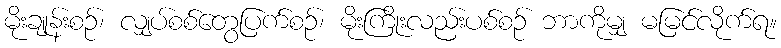
မိုးချုန်းစဉ်၊ လျှပ်စစ်တွေပြက်စဉ်၊ မိုးကြိုးလည်းပစ်စဉ် ဘာကိုမျှ မမြင်လိုက်ရ။